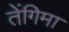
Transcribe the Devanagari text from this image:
तेंगिमा